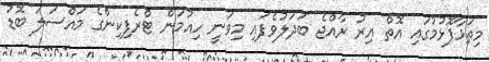
މިތަޅާފޮޅުމުގައި އޮތް އިރު ރާއްޖެ ބަދަލުވެފައި މިވަނީ ހިއުމަން ޓްރެފިކިންގެ މައްސަލަ ބޮޑު